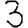
Digit: 3